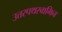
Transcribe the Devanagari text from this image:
उत्तरपथस्वामिन